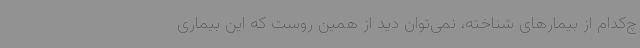
چ‌کدام از بیمارهای شناخته، نمی‌‌توان دید از همین روست که این بیماری